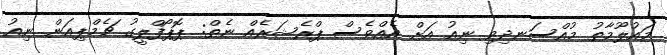
މައުލޫމާތު މުއްސަނދިވި ނިއު އަށް އެއްވެސް ޕްރެޝަރެއް ނެތް: ޕޮޕޯފްލީގު ޗެމްޕިއަން ނިއު